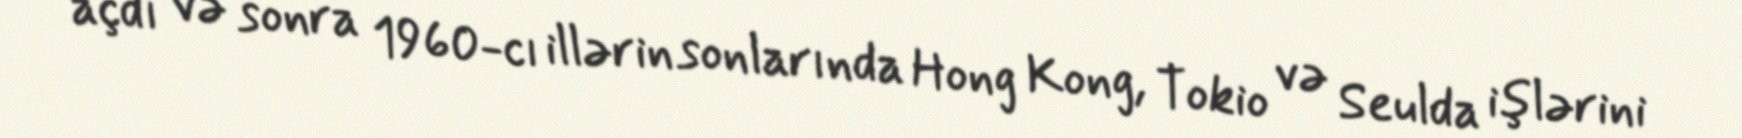
açdı və sonra 1960-cı illərin sonlarında Hong Kong, Tokio və Seulda işlərini